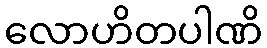
လောဟိတပါဏိ